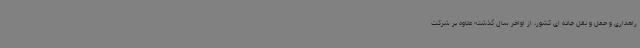
راهداری و حمل و نقل جاده ای کشور، از اواخر سال گذشته علاوه بر شرکت